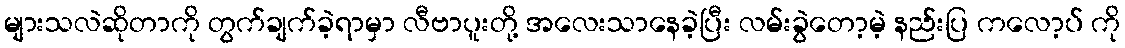
များသလဲဆိုတာကို တွက်ချက်ခဲ့ရာမှာ လီဗာပူးတို့ အလေးသာနေခဲ့ပြီး လမ်းခွဲတော့မဲ့ နည်းပြ ကလော့ပ် ကို